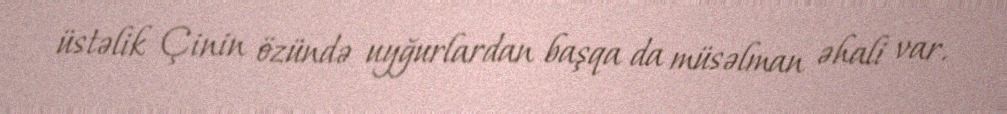
üstəlik Çinin özündə uyğurlardan başqa da müsəlman əhali var.